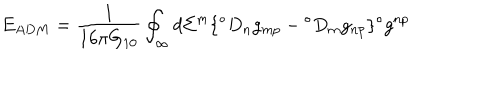
E _ { A D M } = \frac { 1 } { 1 6 \pi G _ { 1 0 } } \oint _ { \infty } d \Sigma ^ { m } \lbrace { } ^ { \circ } D _ { n } g _ { m p } - { } ^ { \circ } D _ { m } g _ { n p } \rbrace { } ^ { \circ } g ^ { n p }